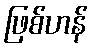
ဖြစ်ဟန်